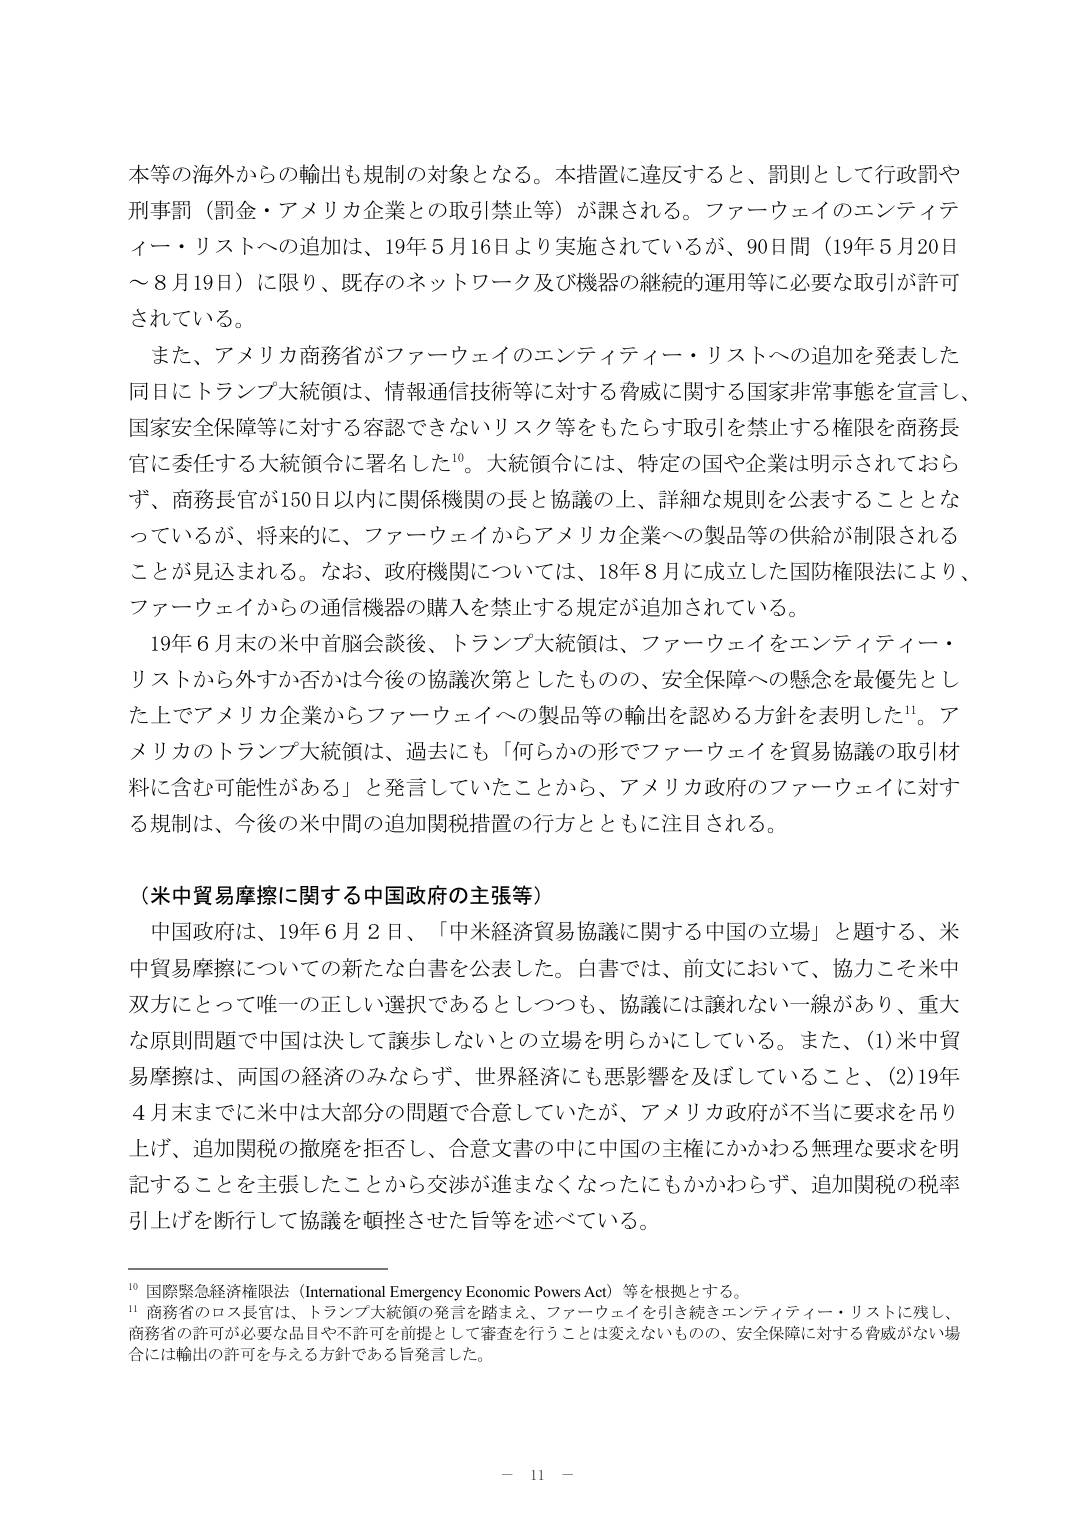
本等の海外からの輸出も規制の対象となる。本措置に違反すると、罰則として行政罰や刑事罰（罰金・アメリカ企業との取引禁止等）が課される。ファーウェイのエンティティー・リストへの追加は、19年5月16日より実施されているが、90日間（19年5月20日～8月19日）に限り、既存のネットワーク及び機器の継続的運用等に必要な取引が許可されている。

また、アメリカ商務省がファーウェイのエンティティー・リストへの追加を発表した同日にトランプ大統領は、情報通信技術等に対する脅威に関する国家非常事態を宣言し、国家安全保障等に対する容認できないリスク等をもたらす取引を禁止する権限を商務長官に委任する大統領令に署名した¹⁰。大統領令には、特定の国や企業は明示されておらず、商務長官が150日以内に関係機関の長と協議の上、詳細な規則を公表することとなっているが、将来的に、ファーウェイからアメリカ企業への製品等の供給が制限されることが見込まれる。なお、政府機関については、18年8月に成立した国防権限法により、ファーウェイからの通信機器の購入を禁止する規定が追加されている。

19年6月末の米中首脳会談後、トランプ大統領は、ファーウェイをエンティティー・リストから外すか否かは今後の協議次第としたものの、安全保障への懸念を最優先とした上でアメリカ企業からファーウェイへの製品等の輸出を認める方針を表明した¹¹。アメリカのトランプ大統領は、過去にも「何らかの形でファーウェイを貿易協議の取引材料に含む可能性がある」と発言していたことから、アメリカ政府のファーウェイに対する規制は、今後の米中間の追加関税措置の行方とともに注目される。

（米中貿易摩擦に関する中国政府の主張等）

中国政府は、19年6月2日、「中米経済貿易協議に関する中国の立場」と題する、米中貿易摩擦についての新たな白書を公表した。白書では、前文において、協力こそ米中双方にとって唯一の正しい選択であるとしつつも、協議には譲れない一線があり、重大な原則問題で中国は決して譲歩しないとの立場を明らかにしている。また、(1)米中貿易摩擦は、両国の経済のみならず、世界経済にも悪影響を及ぼしていること、(2)19年4月末までに米中は大部分の問題で合意していたが、アメリカ政府が不当に要求を吊り上げ、追加関税の撤廃を拒否し、合意文書の中に中国の主権にかかわる無理な要求を明記することを主張したことから交渉が進まなくなったにもかかわらず、追加関税の税率引上げを断行して協議を頓挫させた旨等を述べている。

¹⁰ 国際緊急経済権限法（International Emergency Economic Powers Act）等を根拠とする。

¹¹ 商務省のロス長官は、トランプ大統領の発言を踏まえ、ファーウェイを引き続きエンティティー・リストに残し、商務省の許可が必要な品目や不許可を前提として審査を行うことは変えないものの、安全保障に対する脅威がない場合には輸出の許可を与える方針である旨発言した。

－ 11 －